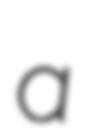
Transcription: a